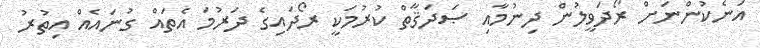
އަނެކުންނަށް ރޯދަވީލުން ދިނުމާއި ޞަދަޤާތް ކުރުމަކީ ރޯދައިގެ ދަރުމަ އެތައް ގުނައެއް އިތުރު